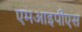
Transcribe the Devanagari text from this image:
एमआइपीएस